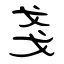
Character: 戔